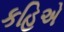
કહિએ